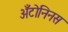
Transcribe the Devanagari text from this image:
अँटोनिनस